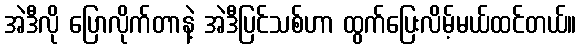
အဲဒီလို ပြောလိုက်တာနဲ့ အဲဒီပြင်သစ်ဟာ ထွက်ပြေးလိမ့်မယ်ထင်တယ်။